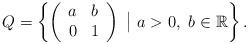
LaTeX: \begin{align*}Q=\left\{\left(\begin{array}{cc}a & b\\0 & 1\end{array}\right)~\big| ~a>0, ~b\in \mathbb{R}\right\}.\end{align*}